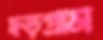
হড়গ্রাম